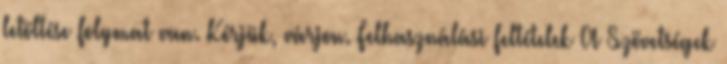
letöltése folymat van. Kérjük, várjon. Felhasználási feltételek A Szövetségek